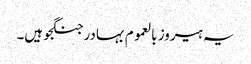
یہ ہیروز بالعموم بہادر جنگجو ہیں۔